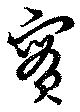
實